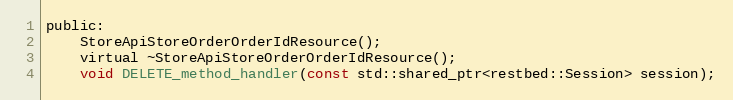
Language: C
public:
	StoreApiStoreOrderOrderIdResource();
    virtual ~StoreApiStoreOrderOrderIdResource();
    void DELETE_method_handler(const std::shared_ptr<restbed::Session> session);